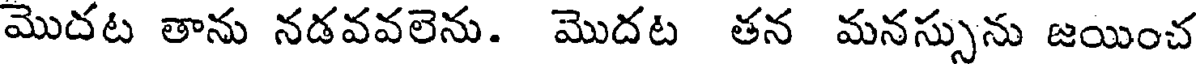
మొదట తాను నడవవలెను. మొదట తన మనస్సును జయించ